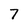
Character: 7